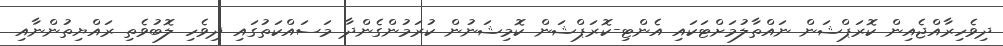
ދިވެހިރާއްޖެއިން ކޮރަޕްޝަން ނައްތާލުމަށްޓަކައި އެންޓި-ކޮރަޕްޝަން ކޮމިޝަނުން ކުރަމުންގެންދާ މަސައްކަތުގައި ދިވެހި ލޮބުވެތި ރައްޔިތުންނާއި